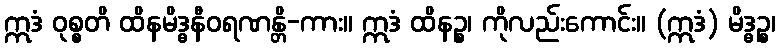
ဣဒံ ဝုစ္စတိ ထိနမိဒ္ဓနီဝရဏန္တိ-ကား။ ဣဒံ ထိနဉ္စ၊ ကိုလည်းကောင်း။ (ဣဒံ) မိဒ္ဓဉ္စ၊